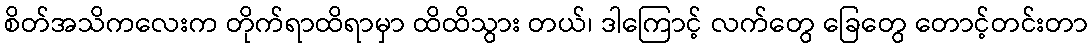
စိတ်အသိကလေးက တိုက်ရာထိရာမှာ ထိထိသွား တယ်၊ ဒါကြောင့် လက်တွေ ခြေတွေ တောင့်တင်းတာ